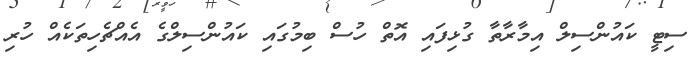
ސިޓީ ކައުންސިލް އިމާރާތާ ގުޅިފައި އޮތް ހުސް ބިމުގައި ކައުންސިލްގެ އެއްޗެހިތަކެއް ހުރި